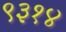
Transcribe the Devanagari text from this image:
९३१४